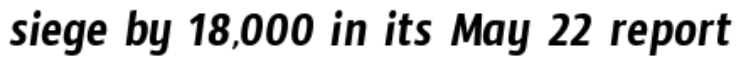
siege by 18,000 in its May 22 report